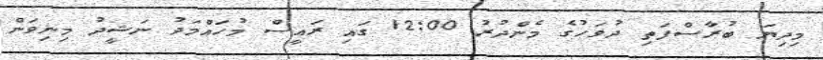
މިދިޔަ ބުރާސްފަތި ދުވަހުގެ މެންދުރު 12:00 ގައި ރައީސް މުހައްމަދު ނަޝީދު މިނިވަން